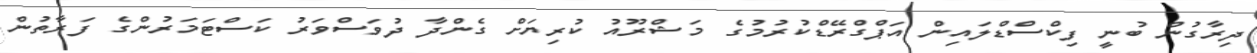
ދިރާގުން ބުނީ ފިކްސްޑްލައިން އަޕްގްރޭޑްކުރުމުގެ މަޝްރޫއު ކުރިޔަށް ގެންދާ ދުވަސްވަރު ކަސްޓަމަރުންގެ ފަރާތުން